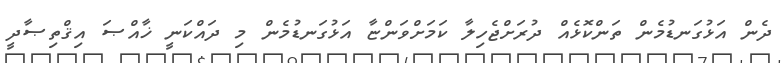
ދެން އަޅުގަނޑުމެން ތަންކޮޅެއް ދުރަށްޖެހިލާ ކަމަށްވަންޏާ އަޅުގަނޑުމެން މި ދައްކަނީ ޚާއްޞަ އިޤްތިޞާދީ